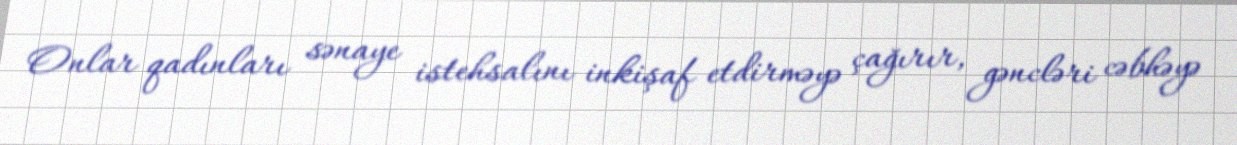
Onlar qadınları sənaye istehsalını inkişaf etdirməyə çağırır, gəncləri cəbhəyə